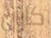
كاران